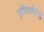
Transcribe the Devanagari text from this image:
एपिक्लेरोस